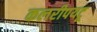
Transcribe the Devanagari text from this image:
कलरीपयटू